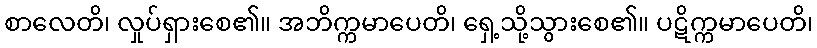
စာလေတိ၊ လှုပ်ရှားစေ၏။ အဘိက္ကမာပေတိ၊ ရှေ့သို့သွားစေ၏။ ပဋိက္ကမာပေတိ၊